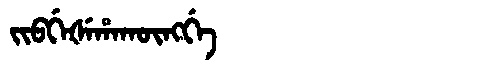
Manchu: ᠵᡳᠪᡤᡝᡧᡝᡥᠠᡴᡡᠩᡤᡝ
Romanization: JIBGEŠEHAKŪNGGE